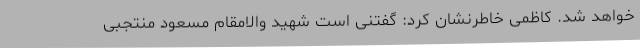
خواهد شد. کاظمی خاطرنشان کرد: گفتنی است شهید والامقام مسعود منتجبی